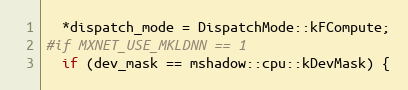
Language: C++
  *dispatch_mode = DispatchMode::kFCompute;
#if MXNET_USE_MKLDNN == 1
  if (dev_mask == mshadow::cpu::kDevMask) {